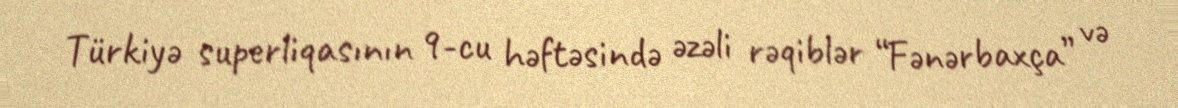
Türkiyə superliqasının 9-cu həftəsində əzəli rəqiblər “Fənərbaxça” və